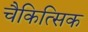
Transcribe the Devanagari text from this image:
चैकित्सिक